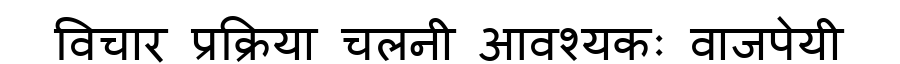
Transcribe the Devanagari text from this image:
विचार प्रक्रिया चलनी आवश्यकः वाजपेयी